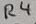
Text: R4